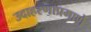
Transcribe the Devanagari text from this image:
उदाहरणाप्रमाणे